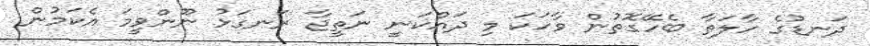
ދަނޑުގެ ހާލަތާ ބެހޭގޮތުން ވާހަކަ މި ދައްކަނީ ނަތީޖާ ރަނގަޅު ނޫންވީމަ އެކަމުން